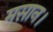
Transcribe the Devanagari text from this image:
मसान।